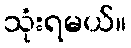
သုံးရမယ်။